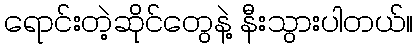
ရောင်းတဲ့ဆိုင်တွေနဲ့ နီးသွားပါတယ်။